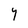
Character: Y